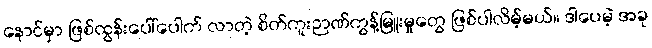
နောင်မှာ ဖြစ်ထွန်းပေါ်ပေါက် လာတဲ့ စိတ်ကူးဉာဏ်ကွန့်မြူးမှုတွေ ဖြစ်ပါလိမ့်မယ်။ ဒါပေမဲ့ အခု